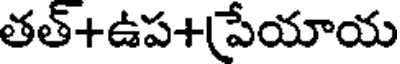
తత్+ఉప+పేయాయ